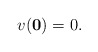
\begin{align*} v(\mathbf 0)=0. \end{align*}